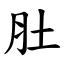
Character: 肚